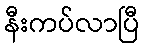
နီးကပ်လာပြီ